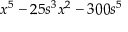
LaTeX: x ^ { 5 } - 2 5 s ^ { 3 } x ^ { 2 } - 3 0 0 s ^ { 5 }